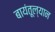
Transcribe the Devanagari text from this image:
बायंतूल्यान